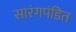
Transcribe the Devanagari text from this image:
सारंगपंडित